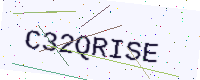
Text: C32QRISE